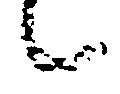
候